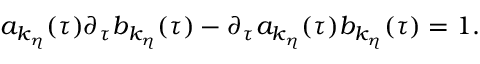
a _ { k _ { \eta } } ( \tau ) \partial _ { \tau } b _ { k _ { \eta } } ( \tau ) - \partial _ { \tau } a _ { k _ { \eta } } ( \tau ) b _ { k _ { \eta } } ( \tau ) = 1 .